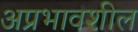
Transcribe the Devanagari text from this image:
अप्रभावशील